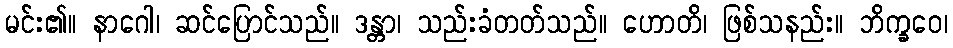
မင်း၏။ နာဂေါ၊ ဆင်ပြောင်သည်။ ဒန္တာ၊ သည်းခံတတ်သည်။ ဟောတိ၊ ဖြစ်သနည်း။ ဘိက္ခဝေ၊